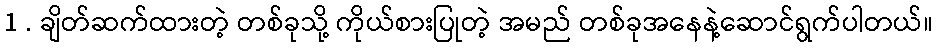
1 . ချိတ်ဆက်ထားတဲ့ တစ်ခုသို့ ကိုယ်စားပြုတဲ့ အမည် တစ်ခုအနေနဲ့ဆောင်ရွက်ပါတယ်။